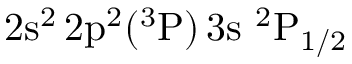
\mathrm { 2 s ^ { 2 } \, 2 p ^ { 2 } ( ^ { 3 } P ) \, 3 s ~ ^ { 2 } P _ { 1 / 2 } }